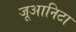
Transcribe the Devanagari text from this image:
जूआनिटा